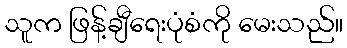
သူက ဖြန့်ချီရေးပုံစံကို မေးသည်။